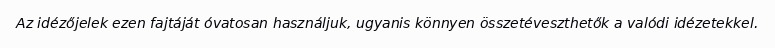
Az idézőjelek ezen fajtáját óvatosan használjuk, ugyanis könnyen összetéveszthetők a valódi idézetekkel.